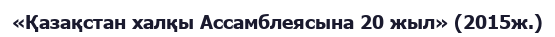
«Қазақстан халқы Ассамблеясына 20 жыл» (2015ж.)